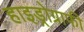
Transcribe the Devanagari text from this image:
हाइड्रोग्राफी